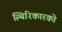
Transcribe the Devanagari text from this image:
स्थिरिकारको